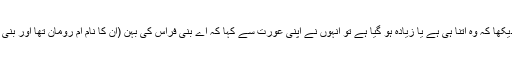
سیدنا ابو بکرؓ نے اس کھانے کو دیکھا کہ وہ اتنا ہی ہے یا زیادہ ہو گیا ہے تو انہوں نے اپنی عورت سے کہا کہ اے بنی فراس کی بہن (ان کا نام اُمّ رومان تھا اور بنی فراس ان کا قبیلہ تھا) یہ کیا ہے ؟